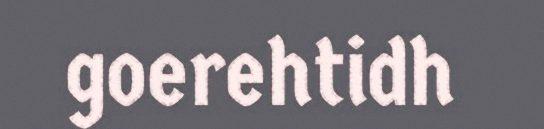
goerehtidh